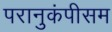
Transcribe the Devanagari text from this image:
परानुकंपीसम